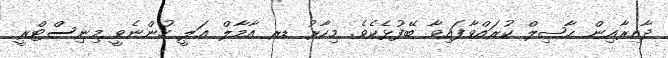
ދާއިރާއިން ޙާޞިލް ކުރައްވާފައިވާ ބޭފުޅެކެވެ. މިހާރު ޑރ އާމާލް ޢަލީ ހުންނެވީ މިނިސްޓްރީ